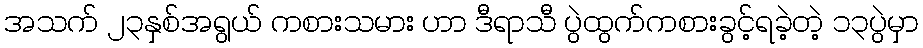
အသက် ၂၃နှစ်အရွယ် ကစားသမား ဟာ ဒီရာသီ ပွဲထွက်ကစားခွင့်ရခဲ့တဲ့ ၁၃ပွဲမှာ